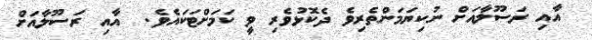
އާއި ރަސޫލާއަށް ނުކިޔަމަންތެރިވެ ދެކޮޅުވެރި ވީ ކަމަށްޓަކައެވެ.  އާއި ރަސޫލާއަށް